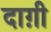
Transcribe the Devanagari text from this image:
दाग़ी